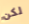
لكن